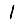
Digit: 1